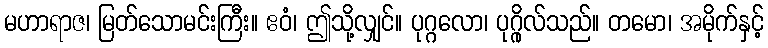
မဟာရာဇ၊ မြတ်သောမင်းကြီး။ ဧဝံ၊ ဤသို့လျှင်။ ပုဂ္ဂလော၊ ပုဂ္ဂိုလ်သည်။ တမော၊ အမိုက်နှင့်